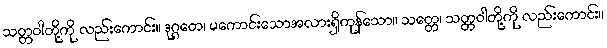
သတ္တဝါတို့ကို လည်းကောင်း။ ဒုဂ္ဂတေ၊ မကောင်းသောအလားရှိကုန်သော။ သတ္တေ၊ သတ္တဝါတို့ကို လည်းကောင်း။